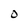
Character: O